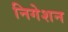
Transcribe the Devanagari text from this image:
निगेशन